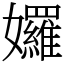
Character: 𡤢